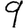
Digit: 9